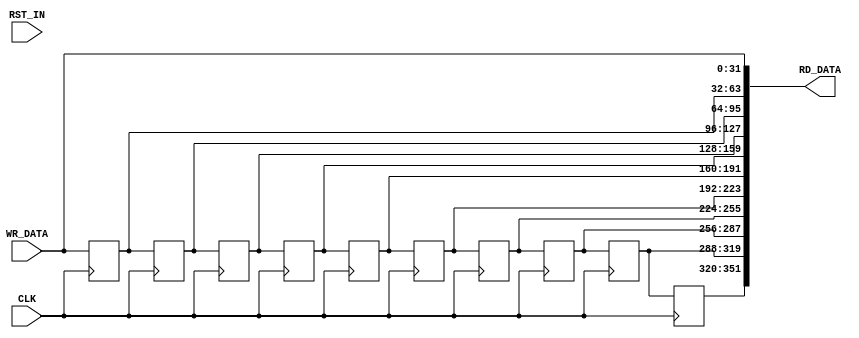
module shiftreg
    #(
      parameter C_DEPTH=10,
      parameter C_WIDTH=32
      )
    (
     input                            CLK,
     input                            RST_IN,
     input [C_WIDTH-1:0]              WR_DATA,
     output [(C_DEPTH+1)*C_WIDTH-1:0] RD_DATA
     );

    // Start Flag Shift Register. Data enables are derived from the 
    // taps on this shift register.

    wire [(C_DEPTH+1)*C_WIDTH-1:0]    wDataShift;
    reg [C_WIDTH-1:0]                 rDataShift[C_DEPTH:0];

    assign wDataShift[(C_WIDTH*0)+:C_WIDTH] = WR_DATA;
    always @(posedge CLK) begin
        rDataShift[0] <= WR_DATA;
    end
    
    genvar                                     i;
    generate
        for (i = 1 ; i <= C_DEPTH; i = i + 1) begin : gen_sr_registers
            assign wDataShift[(C_WIDTH*i)+:C_WIDTH] = rDataShift[i-1];
            always @(posedge CLK) begin
                rDataShift[i] <= rDataShift[i-1];
            end
        end
    endgenerate
    assign RD_DATA = wDataShift;
    
endmodule